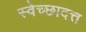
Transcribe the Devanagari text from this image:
स्वेच्छादत्त